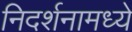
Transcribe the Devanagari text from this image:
निदर्शनामध्ये